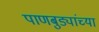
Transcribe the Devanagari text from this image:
पाणबुड्यांच्या